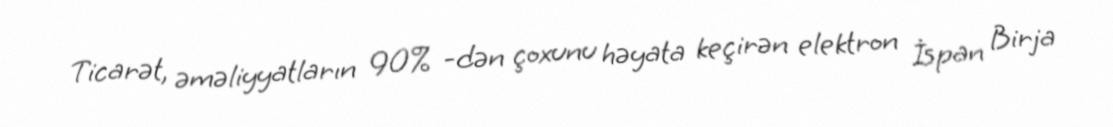
Ticarət, əməliyyatların 90% -dən çoxunu həyata keçirən elektron İspan Birja